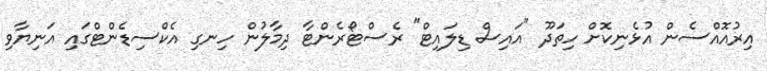
އިރުއޮއްސެން އުޅެނިކޮށް ހިތަދޫ "އައިސް ޑިލައިޓް" ރެސްޓޯރެންޓާ ދިމާލުން ހިނގި އެކްސިޑެންޓްގައި އަނިޔާވި